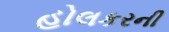
હોલકરની